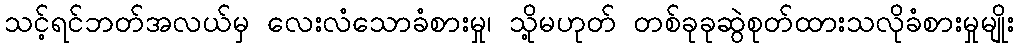
သင့်ရင်ဘတ်အလယ်မှ လေးလံသောခံစားမှု၊ သို့မဟုတ် တစ်ခုခုဆွဲစုတ်ထားသလိုခံစားမှုမျိုး